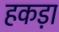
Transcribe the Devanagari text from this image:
हकड़ा